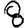
Digit: 8